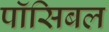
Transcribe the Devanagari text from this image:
पॉसिबल